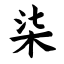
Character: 柒